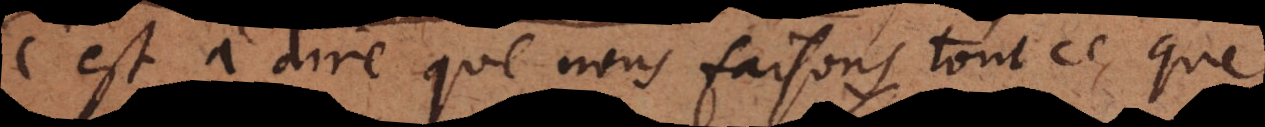
c’est à dire que nous faisons tout ce que